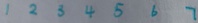
1 2 3 4 5 6 7